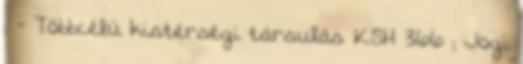
; - Többcélú kistérségi társulás KSH 366 ; Jogi